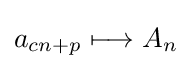
a_{cn+p}\longmapsto A_{n}